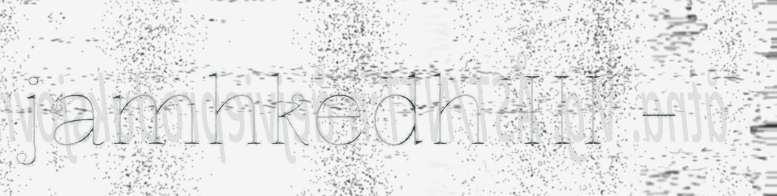
jamhkedh III -